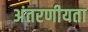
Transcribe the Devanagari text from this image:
अंतरणीयता